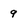
Character: 9